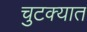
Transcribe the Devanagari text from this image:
चुटक्यात